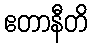
ဧတာနီတိ